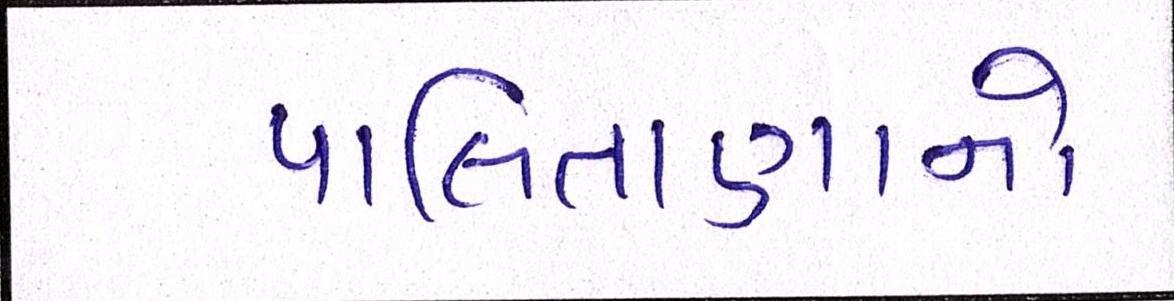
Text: પાલિતાણાનો